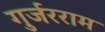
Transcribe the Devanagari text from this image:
गुर्जरराम